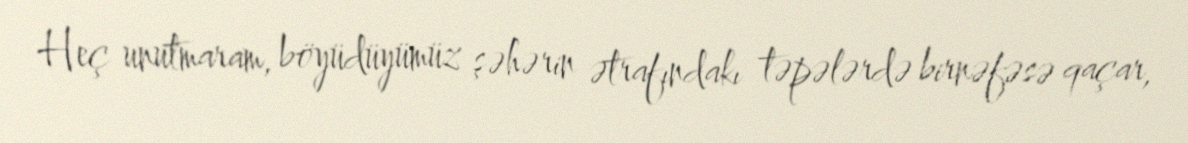
Heç unutmaram, böyüdüyümüz şəhərin ətrafındakı təpələrdə birnəfəsə qaçar,